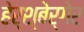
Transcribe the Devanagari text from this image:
हेर्श्बेर्गेर